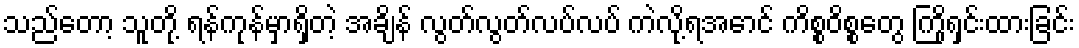
သည်တော့ သူတို့ ရန်ကုန်မှာရှိတဲ့ အချိန် လွတ်လွတ်လပ်လပ် ကဲလို့ရအောင် ကိစ္စဝိစ္စတွေ ကြိုရှင်းထားခြင်း